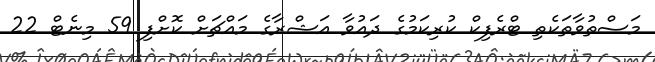
މަސްތުވާތަކެތި ޓްރެފިކް ކުރިކަމުގެ ދައުވާ އަޝްރާގެ މައްޗަށް ކޮށްފި 59 މިނެޓް 22